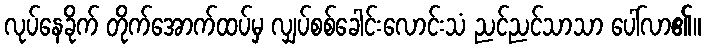
လုပ်နေခိုက် တိုက်အောက်ထပ်မှ လျှပ်စစ်ခေါင်းလောင်းသံ ညင်ညင်သာသာ ပေါ်လာ၏။